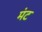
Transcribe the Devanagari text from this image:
मंट